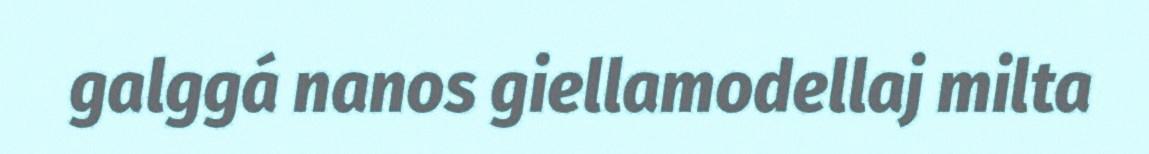
galggá nanos giellamodellaj milta